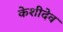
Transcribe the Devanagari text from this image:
केशीदेव